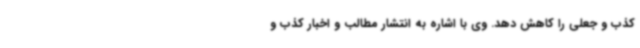
کذب و جعلی را کاهش دهد. وی با اشاره به انتشار مطالب و اخبار کذب و